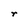
Character: r